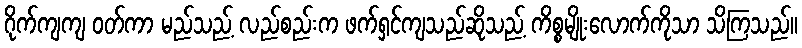
ဂိုက်ကျကျ ဝတ်ကာ မည်သည့် လည်စည်းက ဖက်ရှင်ကျသည်ဆိုသည့် ကိစ္စမျိုးလောက်ကိုသာ သိကြသည်။